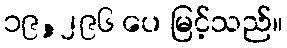
၁၉,၂၉၆ ပေ မြင့်သည်။